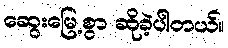
ဆွေးမြေ့စွာ ဆိုခဲ့ပါတယ်။